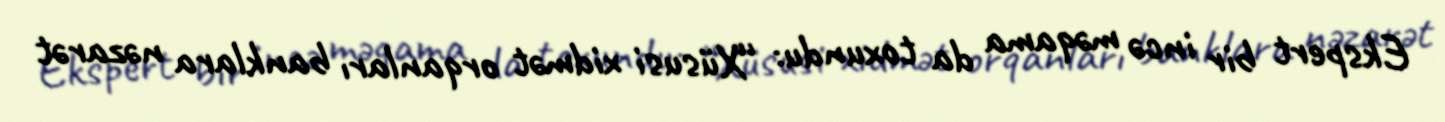
Ekspert bir incə məqama da toxundu: “Xüsusi xidmət orqanları banklara nəzarət